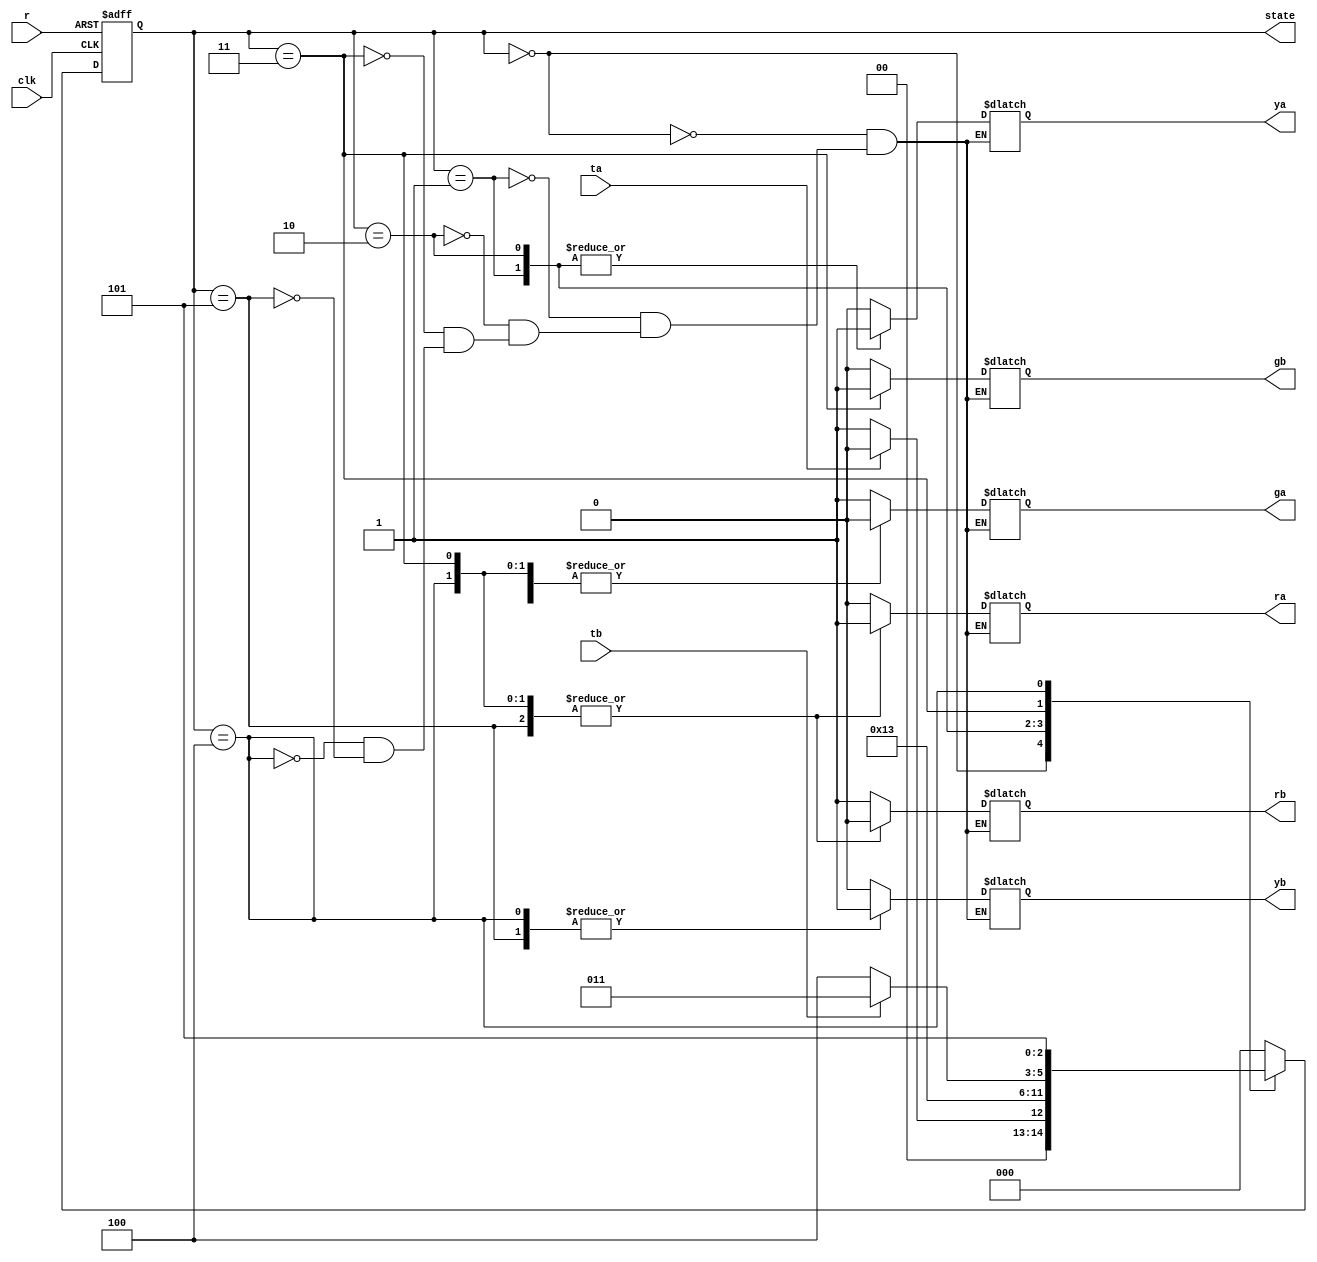
module tlc(clk,r,ta,tb,ra,ya,ga,rb,yb,gb,state);

    input clk,r,ta,tb;
    parameter garb=3'b000,yarb=3'b001,yarb2=3'b010,ragb=3'b011,rayb=3'b100,rayb2=3'b101;
    output reg ra,ya,ga,rb,yb,gb;
    reg[2:0] next;
    output reg[2:0] state;
    always @(posedge clk or posedge r)
    begin
        if(r)
        begin
            state <= 3'b000;
        end
        else
        begin
            state<=next;
        end
    end
    always @(*)
    begin
    case(state)
    garb:
        begin
        ra<=0;
        ya<=0;
        ga<=1;
        rb<=1;
        yb<=0;
        gb<=0;
        if(ta)
            next=garb;
        else
            next= yarb;
        end
    yarb:
        begin
        ra<=0;
        ya<=1;
        ga<=0;
        rb<=1;
        yb<=0;
        gb<=0;
        next=yarb2;
        end
    yarb2:
        begin
        ra<=0;
        ya<=1;
        ga<=0;
        rb<=1;
        yb<=0;
        gb<=0;
        next=ragb;
        end
    ragb:
        begin
        ra<=1;
        ya<=0;
        ga<=0;
        rb<=0;
        yb<=0;
        gb<=1;
        if(tb)
            next=ragb;
        else
            next= rayb;
        end
    rayb:
        begin
        ra<=1;
        ya<=0;
        ga<=0;
        rb<=0;
        yb<=1;
        gb<=0;
        next=rayb2;
        end
    rayb2:
        begin
        ra<=1;
        ya<=0;
        ga<=0;
        rb<=0;
        yb<=1;
        gb<=0;
        next=garb;
        end

    default:next=garb;
    endcase
    end

endmodule

`timescale 1ns/1ps
module tlc_test;
reg a,b;
reg clock;
reg reset;
wire [2:0]st;
wire RA,RB,YA,YB,GA,GB;

tlc uut(clock,reset,a,b,RA,YA,GA,RB,YB,GB,st);

initial
begin
$dumpfile("tlc.vcd");
$dumpvars(0, tlc_test);
clock=0;
reset=1;
a=1;b=0;
end

always
begin
#5 reset=0;
#2 a=0;
#2 b=1;
#12 b=0;
#1 a=1;
#5 a=0;
#10 reset=1;
end

always
begin
#2 clock<=~clock;
end

endmodule